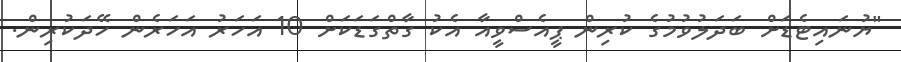
"ޔުނައިޓެޑަށް ބަދަލުވުމުގެ ކުރިން ޕީއެސްވީއާ އެކު ގާތްގަޑަކަށް 10 އަހަރު އަހަރެން ހޭދަކުރިން.